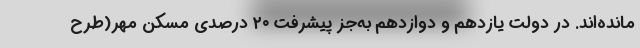
مانده‌اند. در دولت یازدهم و دوازدهم به‌جز پیشرفت ۲۰ درصدی مسکن مهر(طرح